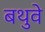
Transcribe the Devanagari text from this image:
बथुवे